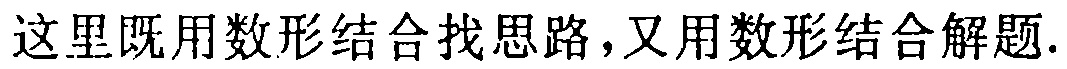
这里既用数形结合找思路，又用数形结合解题.